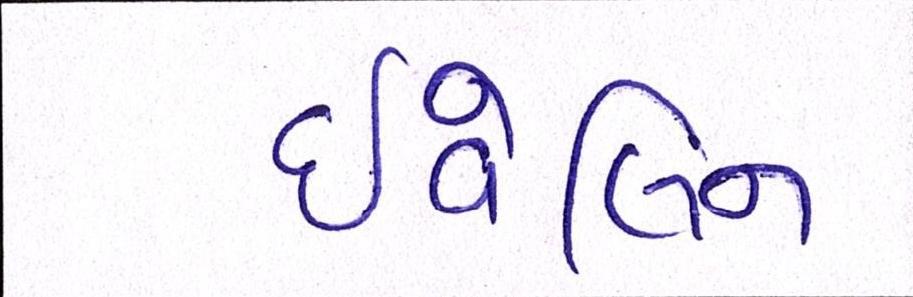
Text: ઇવેલિન